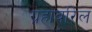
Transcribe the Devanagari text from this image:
ग्रहांवरिल